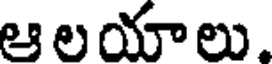
ఆ లయాలు.